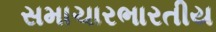
સમાચારભારતીય